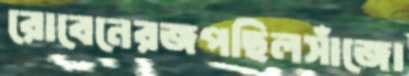
রোবেনেরজপছিলসাঁজো